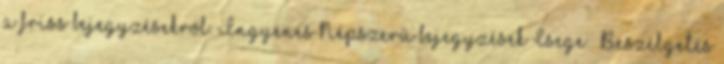
a friss bejegyzésekről. Ingyenes Népszerű bejegyzések Csege – Beszélgetés